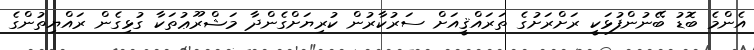
އެންމެ ބޮޑު ބޭނުންފުޅަކީ ރަށްރަށުގެ ތަރައްޤީއަށް ސަރުކާރުން ކުރިޔަށްގެންދާ މަޝްރޫޢުތަކާ ގުޅިގެން ރައްޔިތުންގެ